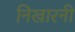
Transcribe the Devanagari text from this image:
निखारनी